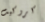
كروكيت